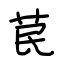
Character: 苠